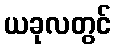
ယခုလတွင်